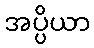
အပ္ပိယာ